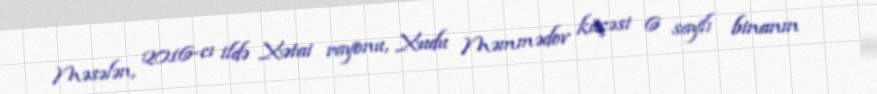
Məsələn, 2016-cı ildə Xətai rayonu, Xudu Məmmədov küçəsi 6 saylı binanın